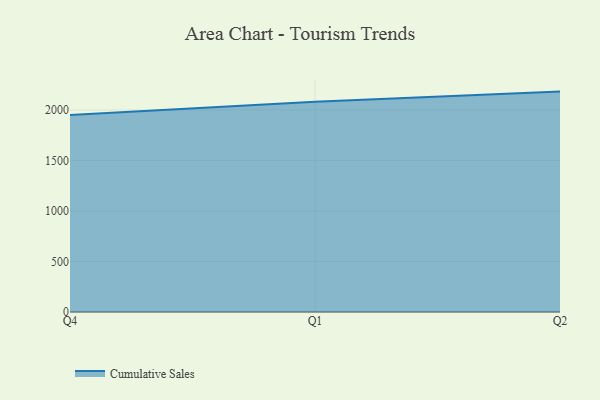
{"axis": {"x": "Quarter", "y": "Humidity (%)"}, "legend": ["Cumulative Sales"], "data": [{"x": "Q4", "y": 1951.8, "type": "Cumulative Sales"}, {"x": "Q1", "y": 2081.2, "type": "Cumulative Sales"}, {"x": "Q2", "y": 2182.5, "type": "Cumulative Sales"}]}